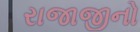
રાજાજીનો